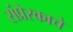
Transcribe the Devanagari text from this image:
संप्रेरकाचे